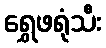
ရွှေဖရုံသီး